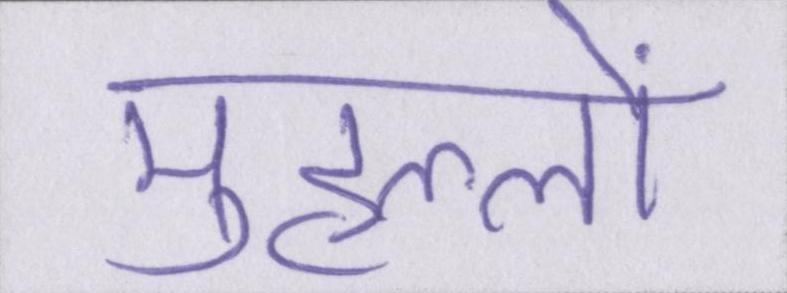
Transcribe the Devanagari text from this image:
मुहल्लों